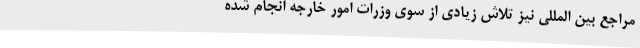
مراجع بین المللی نیز تلاش زیادی از سوی وزرات امور خارجه انجام شده